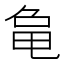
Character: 𬺞